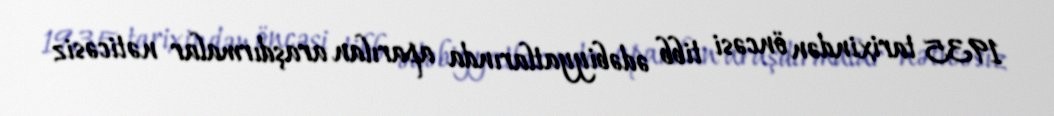
1935 tarixindən öncəsi tibb ədəbiyyatlarında aparılan araşdırmalar nəticəsiz